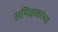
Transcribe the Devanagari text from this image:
समिक्षकांचा